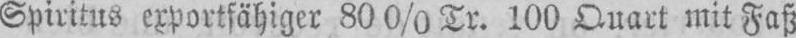
Spiritus exportfähiger 80 0/0 Tr. 100 Quart mit Faß